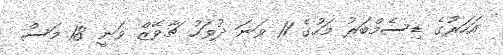
އަހަރުގެ ޑިސެމްބަރު މަހުގެ 11 ވަނަ ދުވަހު ޗާވޭޒް ވަނީ 18 މަސް